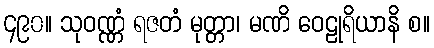
၄၉၀။ သုဝဏ္ဏံ ရဇတံ မုတ္တာ၊ မဏိ ဝေဠုရိယာနိ စ။